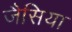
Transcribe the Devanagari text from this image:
जैसिया